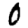
Digit: 0